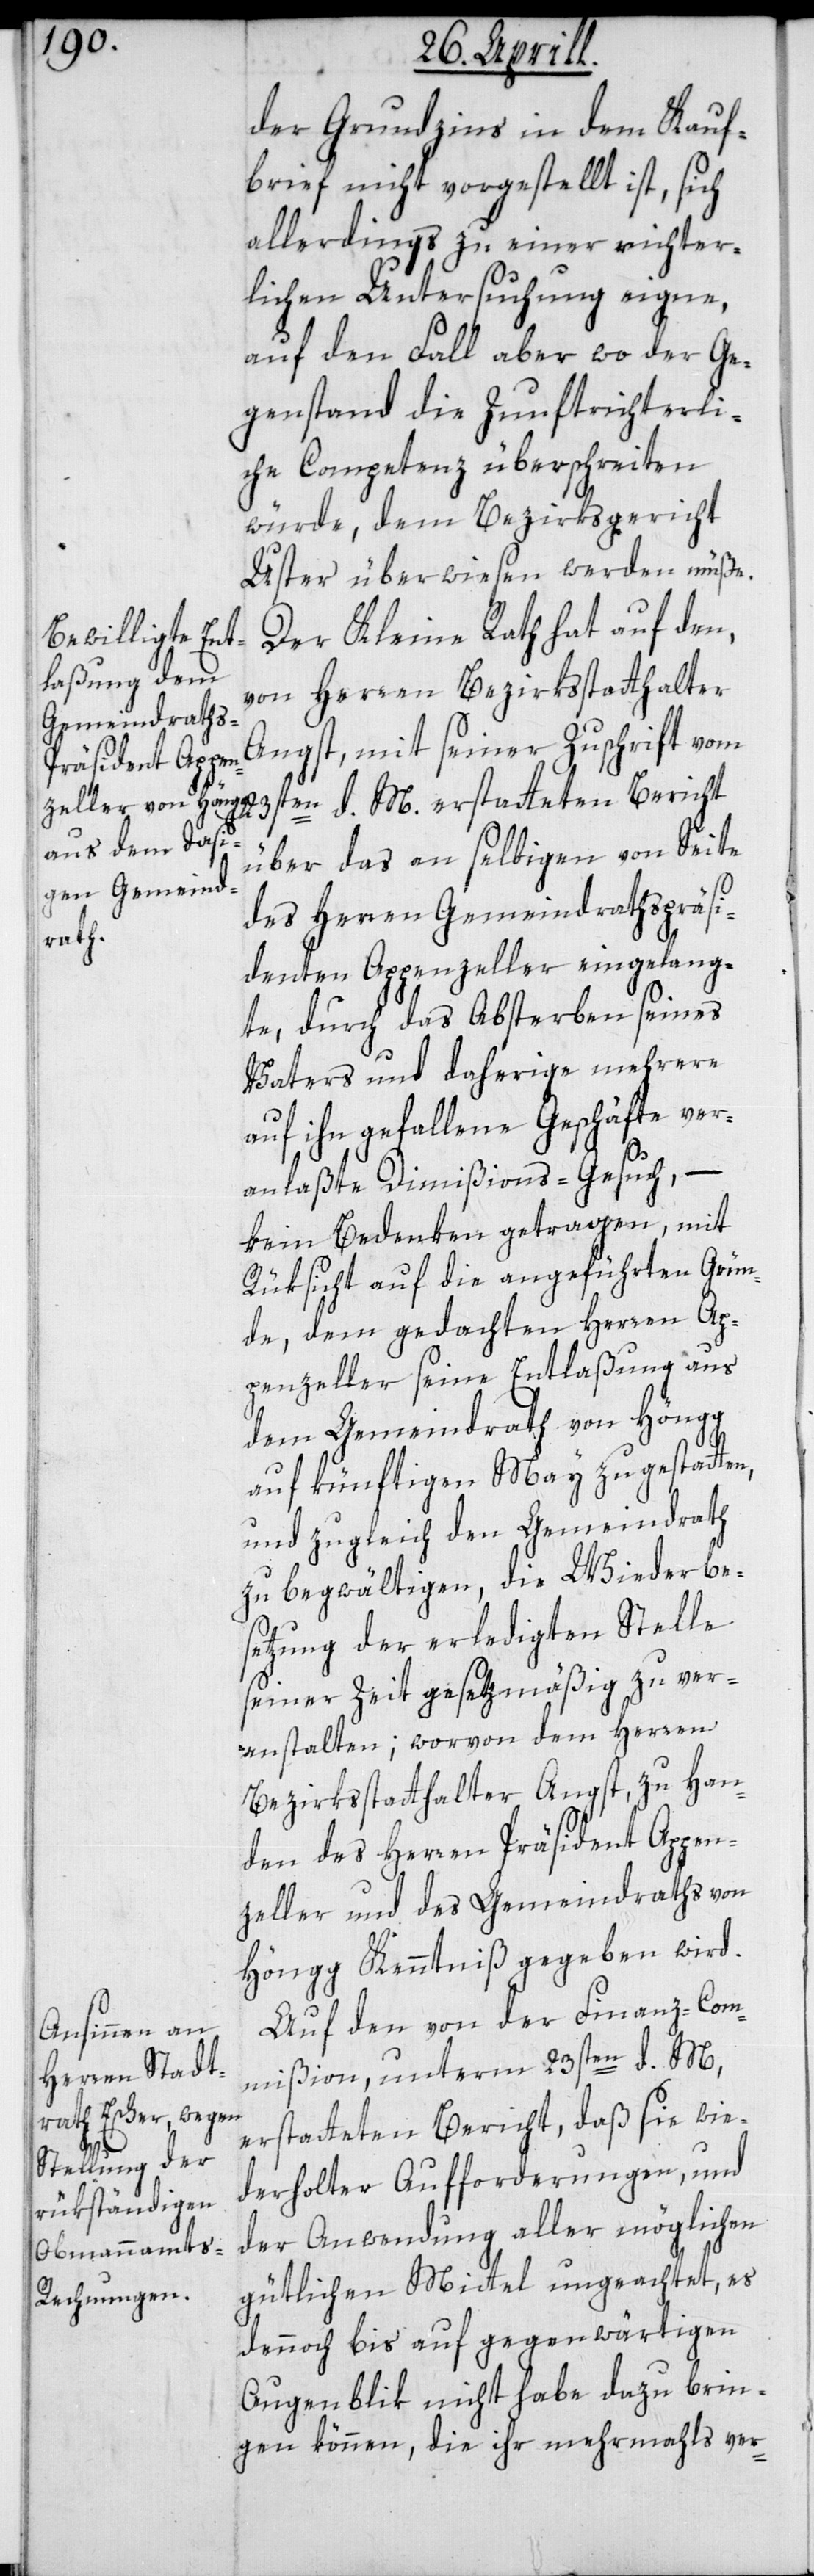
der Grundzins in dem Kauf¬
brief nicht vorgestellt ist, sich
allerdings zu einer richter¬
lichen Untersuchung eigne,
auf den Fall aber, wo der Ge¬
genstand die Zunftrichterli¬
che Competenz überschreiten
würde, dem Bezirksgericht
Uster überwiesen werden müße.
Der Kleine Rath hat auf den,
von Herren Bezirksstatthalter
Zuschrift vom 23sten d. M. erstatteten Bericht
über das an selbigen von Seite
des Herren Gemeindrathspräsi¬
denten Appenzeller eingelang¬
te, durch das Absterben seines
Vaters und daherige mehrere
auf ihn gefallene Geschäfte ver¬
anlaßte Dimißions-Gesuch, –
kein Bedenken getragen, mit
Rüksicht auf die angeführten Grün¬
de, dem gedachten Herren Ap¬
penzeller seine Entlaßung aus
dem Gemeindrath von Höngg
auf künftigen May zu gestatten,
und zugleich den Gemeindrath
zu begwältigen, die Wiederbe¬
setzung der erledigten Stelle
seiner Zeit gesetzmäßig zu ver¬
anstalten; worvon dem Herren
Bezirksstatthalter Angst, zu Han¬
den des Herren Präsident Appen¬
zeller und des Gemeindraths von
Höngg Kenntniß gegeben wird.
Auf den von der Finanz-Com¬
mißion, unterm 23sten d. M.,
erstatteten Bericht, daß sie wie¬
derholter Aufforderungen, und
der Anwendung aller möglichen
gütlichen Mittel ungeachtet, es
dennoch bis auf gegenwärtigen
Augenblik nicht habe dazu brin¬
gen können, die ihr mehrmals ver-